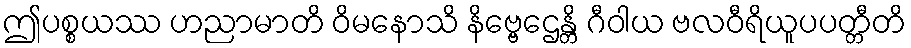
ဤပစ္စယဿ ဟညာမာတိ ဝိမနောသိ နိဗ္ဗေဌေန္တိ ဂီဝါယ ဗလဝီရိယူပပတ္တီတိ